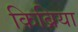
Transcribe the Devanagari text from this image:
किब्रिया